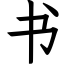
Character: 书